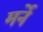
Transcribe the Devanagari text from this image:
मर्ने